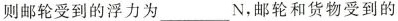
则邮轮受到的浮力为________N，邮轮和货物受到的